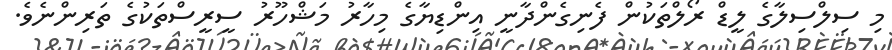
މި ސިލްސިލާގެ ލީޑް ރޯލްތަކުން ފެނިގެންދާނީ އިންޑިޔާގެ މިހާރު މަޝްހޫރު ސީރީސްތަކުގެ ތަރިންނެވެ.